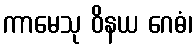
ကာမေသု ဝိနယ ဂေဓံ၊